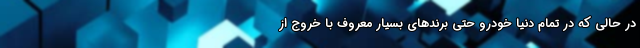
در حالی که در تمام دنیا خودرو حتی برندهای بسیار معروف با خروج از